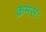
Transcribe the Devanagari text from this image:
क्रमसः